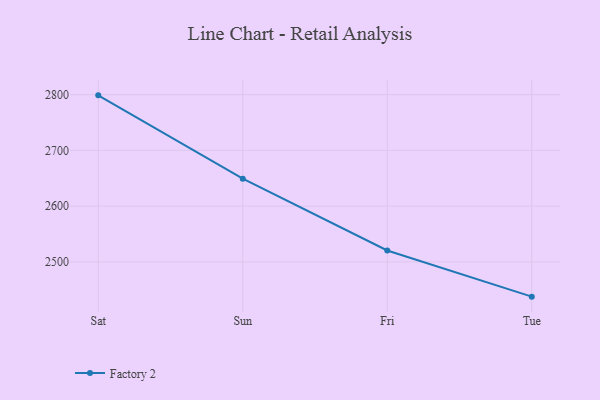
{"axis": {"x": "Day", "y": "Humidity (%)"}, "legend": ["Factory 2"], "data": [{"x": "Sat", "y": 2798.8, "type": "Factory 2"}, {"x": "Sun", "y": 2649.3, "type": "Factory 2"}, {"x": "Fri", "y": 2520.3, "type": "Factory 2"}, {"x": "Tue", "y": 2437.5, "type": "Factory 2"}]}